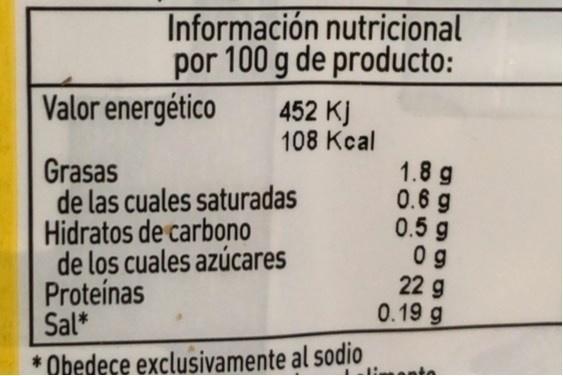
Información nutricional por 100 g de producto:
Valor energético
452 KJ 108 Kcal
Grasas de las cuales saturadas Hidratos de carbono de los cuales azúcares Proteínas Sal*
1.8 g 0.6 g 0.5 g 0 g 22 g 0.19 g
* Obedece exclusivamente al sodio